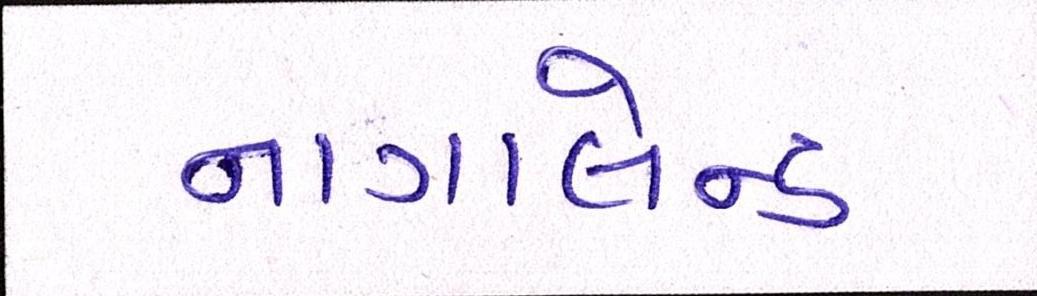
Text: નાગાલેન્ડ